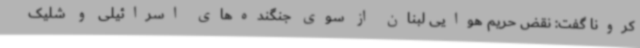
کرونا گفت: نقض حریم هوایی لبنان از سوی جنگنده‌های اسرائیلی و شلیک